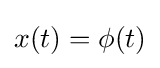
x(t)=\phi (t)